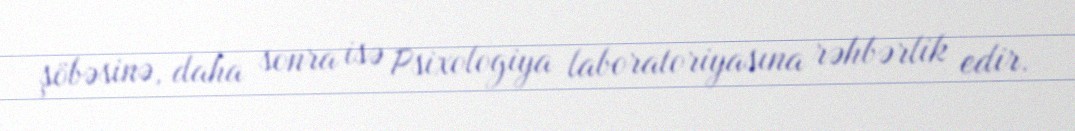
şöbəsinə, daha sonra isə Psixologiya laboratoriyasına rəhbərlik edir.